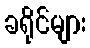
ခရိုင်များ